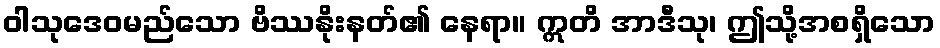
ဝါသုဒေဝမည်သော ဗိဿနိုးနတ်၏ နေရာ။ ဣတိ အာဒီသု၊ ဤသို့အစရှိသော